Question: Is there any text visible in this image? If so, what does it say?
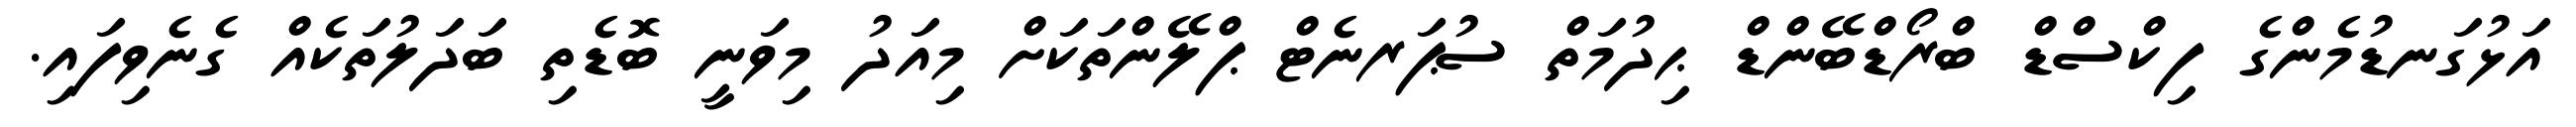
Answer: އަޅުގަނޑުމެންގެ ފިކްސްޑް ބްރޯޑްބޭންޑް ޙިދުމަތް ސުޕަރނެޓް ޕްލޭންތަކަށް މިއަދު މިވަނީ ބޮޑެތި ބަދަލުތަކެއް ގެނެވިފައި.